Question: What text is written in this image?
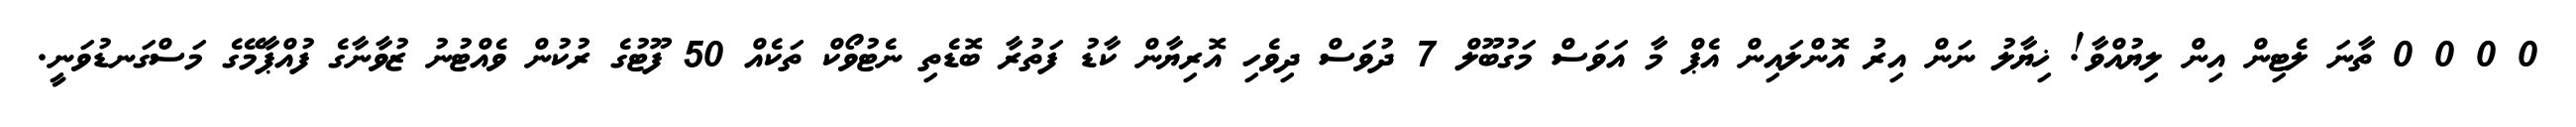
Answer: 0 0 0 0 ތާނަ ލެޓިން އިން ލިޔުއްވާ! ޚިޔާލު ނަން އިރު އޮންލައިން އެޕް މާ އަވަސް މަގުބޫލް 7 ދުވަސް ދިވެހި އޮރިޔާން ކާޑު ފަތުރާ ބޮޑެތި ނެޓުވޯކް ތަކެއް 50 ފޫޓުގެ ރުކުން ވެއްޓުނު ޒުވާނާގެ ފުއްޕާމޭގެ މަސްގަނޑުވަނީ.